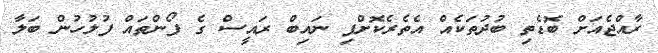
ރާއްޖެއަށް ބޮޑެތި ބުދުތަކެއް އެތެރެކޮށްފި ނައިބް ރައީސް ގެ ފޯންތައް ފުލުހުން ބަލާ